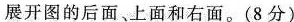
展开图的后面、上面和右面。(8分)